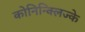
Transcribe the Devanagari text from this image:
कोनिन्क्लिज्के